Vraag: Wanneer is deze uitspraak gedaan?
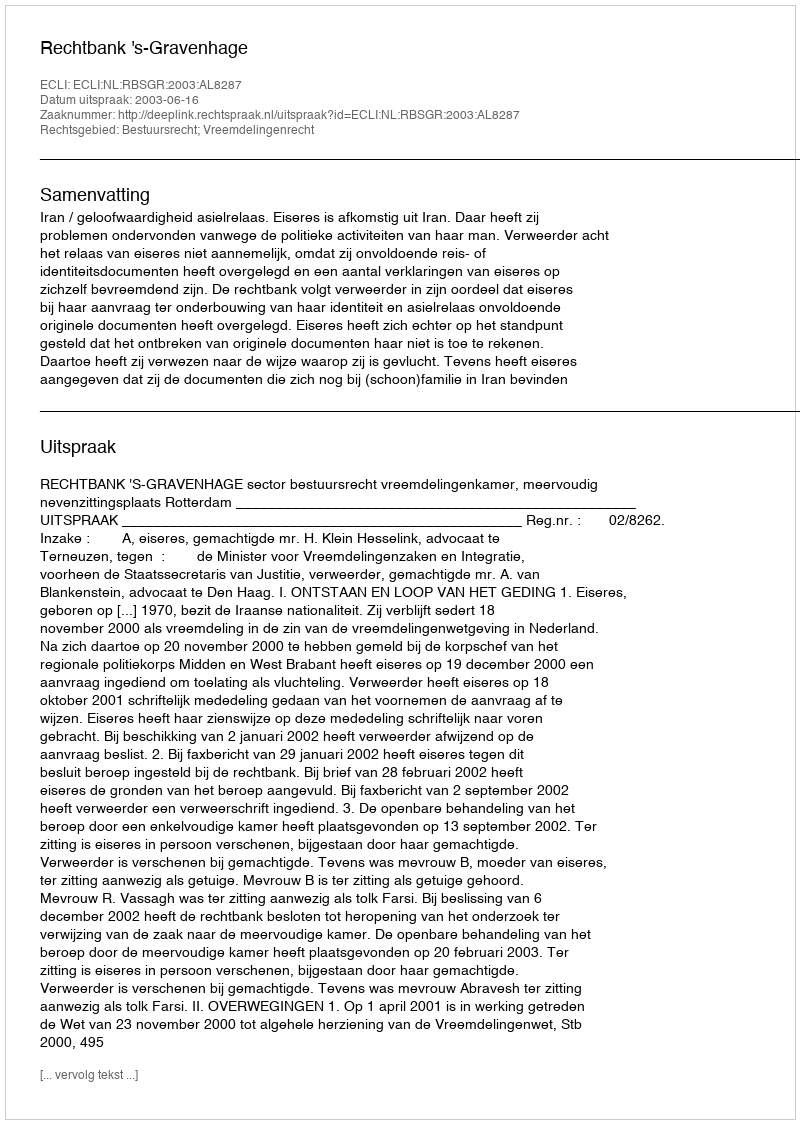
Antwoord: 2003-06-16